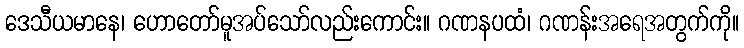
ဒေသီယမာနေ၊ ဟောတော်မူအပ်သော်လည်းကောင်း။ ဂဏနပထံ၊ ဂဏန်းအရေအတွက်ကို။